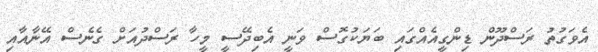
އެވަގުތު ރަސްދޫން ޑިންގީއެއްގައި ބަޔަކުގޮސް ވަނީ އެބިދޭސީ މީހާ ރަސްދުއަށް ގެނެސް އޭނާއާއި